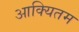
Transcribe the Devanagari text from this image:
आक्यितम